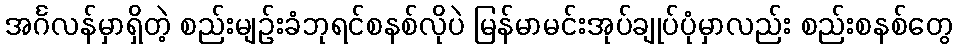
အင်္ဂလန်မှာရှိတဲ့ စည်းမျဉ်းခံဘုရင်စနစ်လိုပဲ မြန်မာမင်းအုပ်ချုပ်ပုံမှာလည်း စည်းစနစ်တွေ